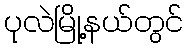
ပုလဲမြို့နယ်တွင်